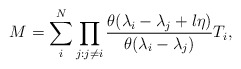
\begin{align*}M = \sum_i^N \prod_{j:j \neq i} \frac{\theta(\lambda_i - \lambda_j +l\eta)}{\theta(\lambda_i - \lambda_j)} T_i,\end{align*}